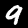
Digit: 9